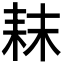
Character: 𮋥